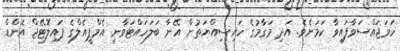
ހަމަޖައްސަވާފައިވާ ކަމަށެވެ. އަދި މަގާމުގެ ހައިސިއްޔަތުން އޭނާ ބަލަހައްޓަވާނީ އެމްޕީއެލްގެ ޕައިލޮޓޭޖް އެންޑް